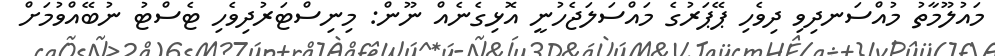
މައުލޫމާތު މުއްސަނދިވި ދިވެހި ޕޭޕަރުގެ މައްސަލަޖެހުނީ އޮޅިގެނެއް ނޫން: މިނިސްޓަރުދިވެހި ޓެސްޓު ނުބޭއްވުމަށް